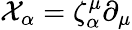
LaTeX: {\cal X}_{\alpha}=\zeta_{\alpha}^{\mu}\partial_{\mu}